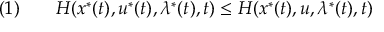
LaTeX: ( 1 ) \qquad H ( x ^ { * } ( t ) , u ^ { * } ( t ) , \lambda ^ { * } ( t ) , t ) \leq H ( x ^ { * } ( t ) , u , \lambda ^ { * } ( t ) , t )